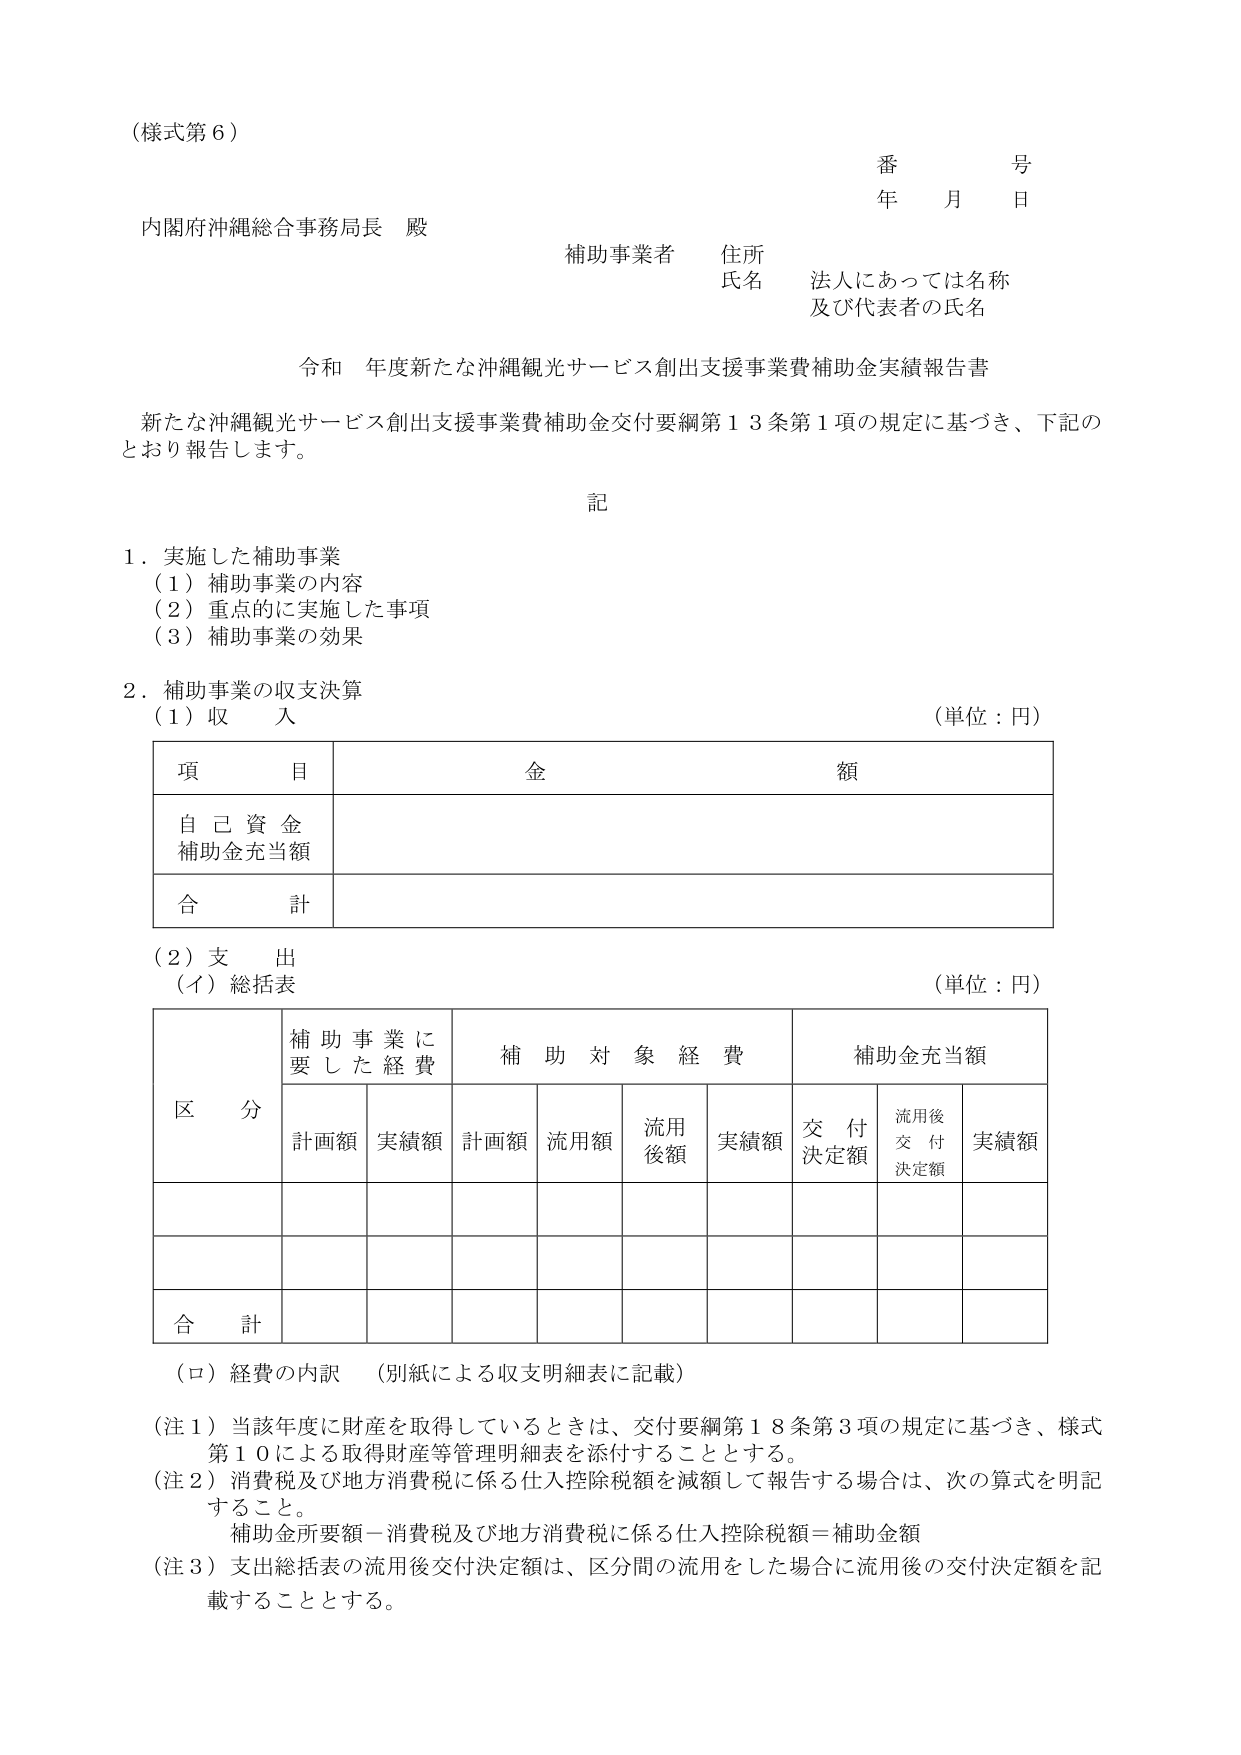
（様式第６）

番　　号
年　　月　　日

内閣府沖縄総合事務局長　殿

補助事業者　住所
氏名　　　法人にあっては名称
　　　　　及び代表者の氏名

令和　年度新たな沖縄観光サービス創出支援事業費補助金実績報告書

新たな沖縄観光サービス創出支援事業費補助金交付要綱第１３条第１項の規定に基づき、下記のとおり報告します。

記

１．実施した補助事業
　（１）補助事業の内容
　（２）重点的に実施した事項
　（３）補助事業の効果

２．補助事業の収支決算
　（１）収　入　　　　　　　　　　　　　　　　　　　　（単位：円）

　　　　項　　目　　　　　　　　　　　　　　　　　　　　金　　額
　　　　自己資金
　　　　補助金充当額
　　　　合　　計

　（２）支　出
　　（イ）総括表　　　　　　　　　　　　　　　　　　　　（単位：円）

　　　　　　　　　　　補助事業に
　　　　　　　　　　　要した経費　　　　　　　補助対象経費　　　　　補助金充当額
　　　区分　　　　　計画額　実績額　計画額　流用額　流用後額　実績額　交付決定額　流用後交付決定額　実績額